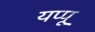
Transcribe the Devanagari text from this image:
यप्पू